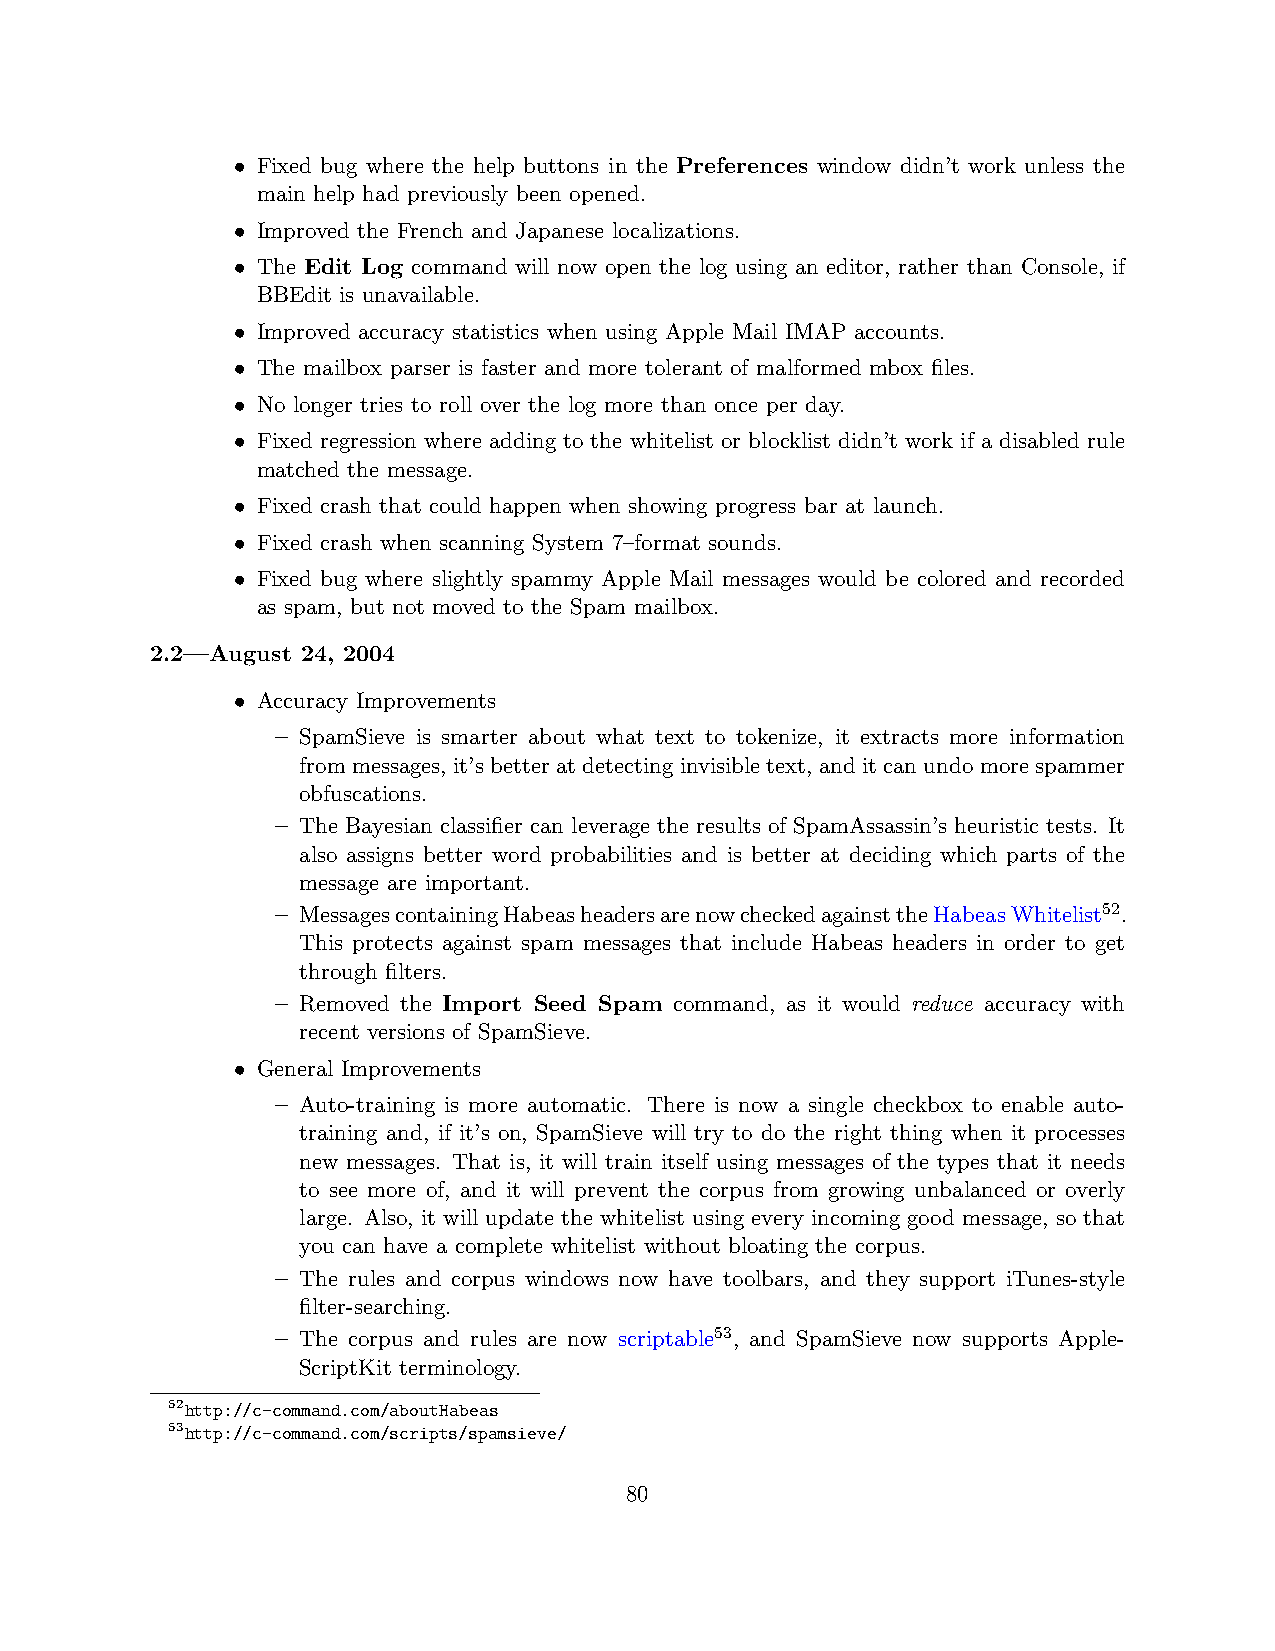
• Fixed bug where the help buttons in the Preferences window didn’t work unless the
 main help had previously been opened.
 • Improved the French and Japanese localizations.
 • The Edit Log command will now open the log using an editor, rather than Console, if
 BBEdit is unavailable.
 • Improved accuracy statistics when using Apple Mail IMAP accounts.
 • The mailbox parser is faster and more tolerant of malformed mbox files.
 • No longer tries to roll over the log more than once per day.
 • Fixed regression where adding to the whitelist or blocklist didn’t work if a disabled rule
 matched the message.
 • Fixed crash that could happen when showing progress bar at launch.
 • Fixed crash when scanning System 7–format sounds.
 • Fixed bug where slightly spammy Apple Mail messages would be colored and recorded
 as spam, but not moved to the Spam mailbox.
 2.2—August 24, 2004
 • Accuracy Improvements
 – SpamSieve is smarter about what text to tokenize, it extracts more information
 frommessages, it’sbetteratdetectinginvisibletext, anditcanundomorespammer
 obfuscations.
 – The Bayesian classifier can leverage the results of SpamAssassin’s heuristic tests. It
 also assigns better word probabilities and is better at deciding which parts of the
 message are important.
 – MessagescontainingHabeasheadersarenowcheckedagainsttheHabeasWhitelist52.
 This protects against spam messages that include Habeas headers in order to get
 through filters.
 – Removed the Import Seed Spam command, as it would reduce accuracy with
 recent versions of SpamSieve.
 • General Improvements
 – Auto-training is more automatic. There is now a single checkbox to enable auto-
 training and, if it’s on, SpamSieve will try to do the right thing when it processes
 new messages. That is, it will train itself using messages of the types that it needs
 to see more of, and it will prevent the corpus from growing unbalanced or overly
 large. Also, it will update the whitelist using every incoming good message, so that
 you can have a complete whitelist without bloating the corpus.
 – The rules and corpus windows now have toolbars, and they support iTunes-style
 filter-searching.
 – The corpus and rules are now scriptable53, and SpamSieve now supports Apple-
 ScriptKit terminology.
 52http://c-command.com/aboutHabeas
 53http://c-command.com/scripts/spamsieve/
 80